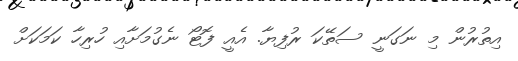
އިތުރުން މި ނަގަނީ ސަތޭކަ ރުފިޔާ. އެއީ ފޮޓޯ ނެގުމަށާއި ހުރިހާ ކަމަކަށް